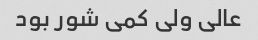
عالی ولی کمی شور بود